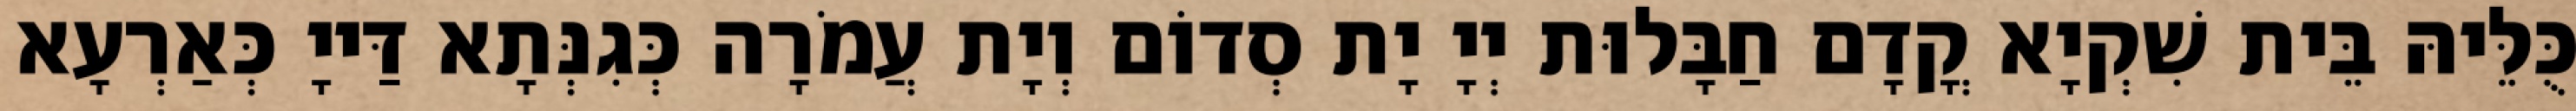
כֻּלֵּיהּ בֵּית שִׁקְיָא קֳדָם חַבָּלוּת יְיָ יָת סְדוֹם וְיָת עֲמֹרָה כְּגִנְּתָא דַּייָ כְּאַרְעָא